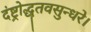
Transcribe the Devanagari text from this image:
दंष्ट्रोद्धृतवसुन्धरे।